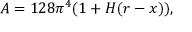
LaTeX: { \cal A } = 1 2 8 \pi ^ { 4 } ( 1 + H ( r - x ) ) ,